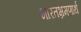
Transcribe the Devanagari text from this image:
भारतभ्रमणार्थ